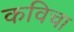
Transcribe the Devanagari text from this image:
कविचा